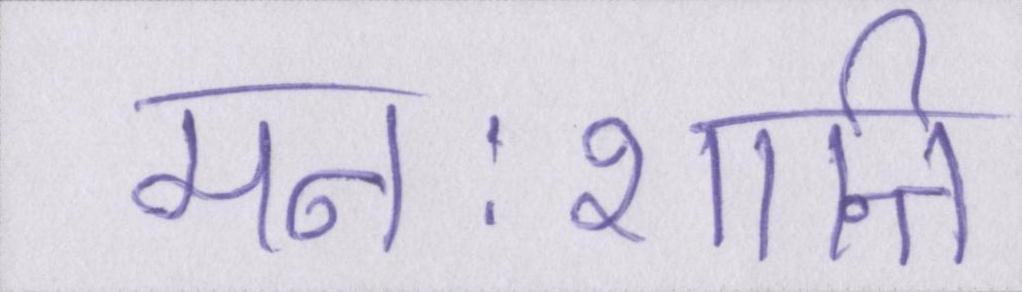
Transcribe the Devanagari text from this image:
मनःशान्ति